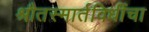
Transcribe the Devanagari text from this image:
श्रौतस्मार्तविधींचा